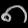
Digit: ၈